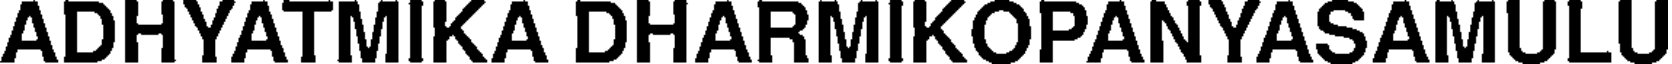
ADHYATMIKA DHARMIKOPANYASAMULU